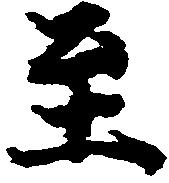
至